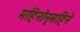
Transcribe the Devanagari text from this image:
महिनोन्‌महिने